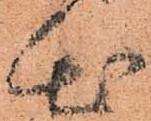
出